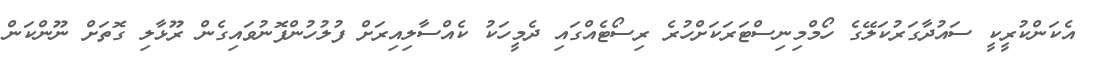
އެކަންކުރީކީ ސައުދާގަރުކަލޭގެ ހޯމްމިނިސްޓަރަކަށްހުރެ ރިސޯޓެއްގައި ދެމީހަކު ކެއްސާލިއިރަށް ފުލުހުންފޮނުވައިގެން ރޫޅާލި ގޮތަށް ނޫންކަން